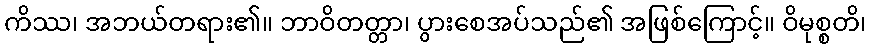
ကိဿ၊ အဘယ်တရား၏။ ဘာဝိတတ္တာ၊ ပွားစေအပ်သည်၏ အဖြစ်ကြောင့်။ ဝိမုစ္စတိ၊